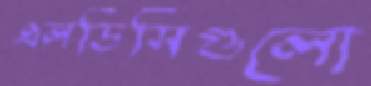
এলডিসিগুলো